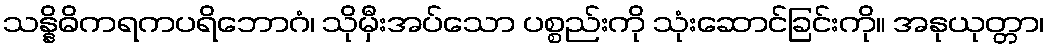
သန္နိဓိကရကပရိဘောဂံ၊ သိုမှီးအပ်သော ပစ္စည်းကို သုံးဆောင်ခြင်းကို။ အနုယုတ္တာ၊